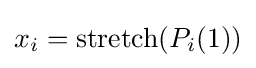
x_{i}={\text{stretch}}(P_{i}(1))